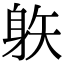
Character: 䠶